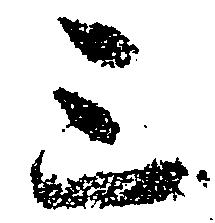
三